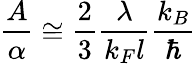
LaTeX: \frac{A}{\alpha}\cong\frac{2}{3}\frac{\lambda}{k_{F}l}\frac{k_{B}}{\hbar}